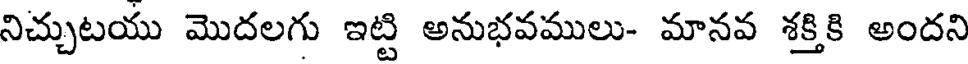
నిచ్చుటయు మొదలగు ఇట్టి అనుభవములు- మానవ శక్తికి అందని